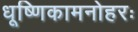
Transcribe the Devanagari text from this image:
धूष्णिकामनोहरः